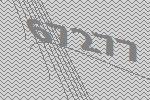
67277